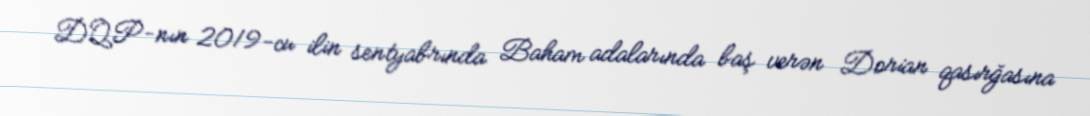
DQP-nın 2019-cu ilin sentyabrında Baham adalarında baş verən Dorian qasırğasına